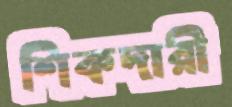
শিকদারী